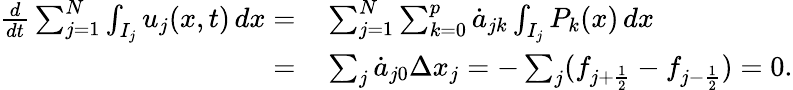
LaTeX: \begin{array}{rl}{\frac{d}{dt}\sum_{j=1}^{N}\int_{I_{j}}u_{j}(x,t)\mathop{dx}=}&{{}\sum_{j=1}^{N}\sum_{k=0}^{p}\dot{a}_{jk}\int_{I_{j}}P_{k}(x)\mathop{dx}}\\ {=}&{{}\sum_{j}\dot{a}_{j0}\Delta x_{j}=-\sum_{j}(f_{j+\frac{1}{2}}-f_{j-\frac{1}{2}})=0.}\end{array}